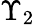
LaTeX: \Upsilon_{2}